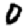
Digit: 0